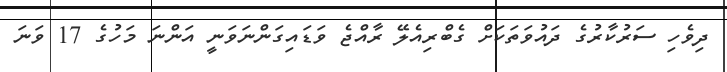
ދިވެހި ސަރުކާރުގެ ދައުވަތަކަށް ގެބްރިއެލޭ ރާއްޖެ ވަޑައިގަންނަވަނީ އަންނަ މަހުގެ 17 ވަނަ